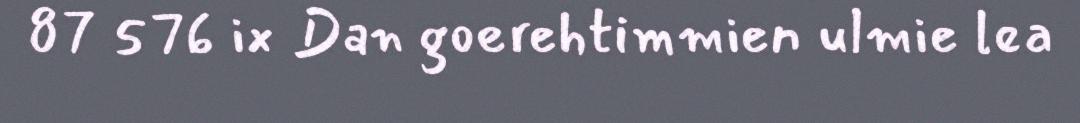
87 576 ix Dan goerehtimmien ulmie lea